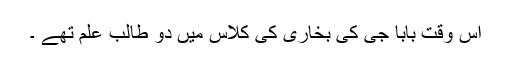
اس وقت بابا جی کی بخاری کی کلاس میں دو طالب علم تھے ۔